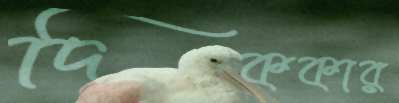
দিককার